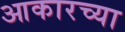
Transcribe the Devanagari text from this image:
आकारच्या